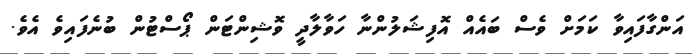
އަންގާފައިވާ ކަމަށް ވެސް ބައެއް އޮފިޝަލުންނާ ހަވާލާދީ ވޮޝިންޓަން ޕޯސްޓުން ބުނެފައިވެ އެވެ.